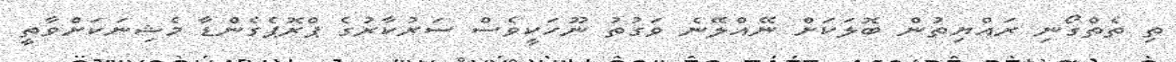
ތި ތެތްގޯނި ރައްޔިތުން ބޮލަކަށް ނޭއްލޭނެ ވަގުތު ނޫހަކީވެސް ސަރުކާރުގެ ޕްރޮޕެގެންޑާ މެޝިނަކަށްވާތީ